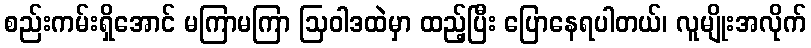
စည်းကမ်းရှိအောင် မကြာမကြာ ဩဝါဒထဲမှာ ထည့်ပြီး ပြောနေရပါတယ်၊ လူမျိုးအလိုက်